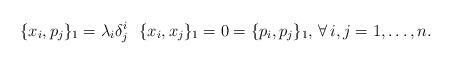
LaTeX: \begin{align*}\{x_i,p_j\}_1=\lambda_i\delta^i_{j}\,\,\,\,\{x_i,x_j\}_1=0=\{p_i,p_j\}_1,\,\forall\, i,j=1,\dots,n.\end{align*}